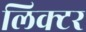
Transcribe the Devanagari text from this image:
लिक्टर